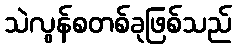
သဲလွန်စတစ်ခုဖြစ်သည်